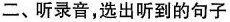
二、听录音,选出听到的句子